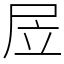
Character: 㞐